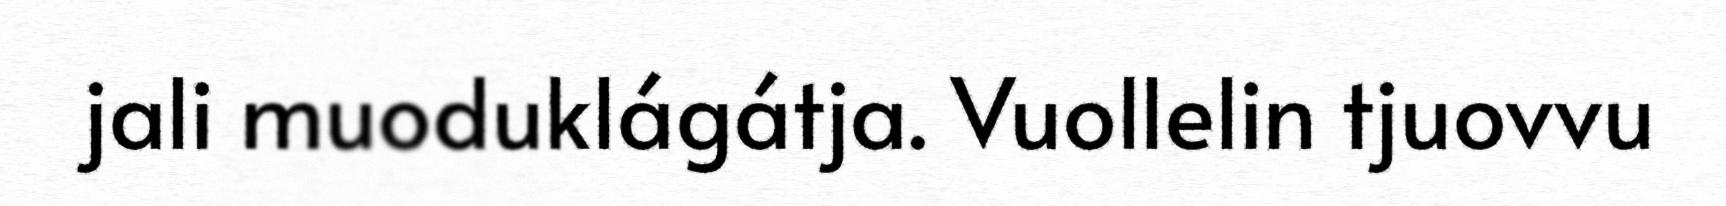
jali muoduklágátja. Vuollelin tjuovvu